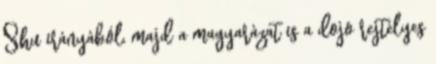
Shu irányából, majd a magyarázat is a dojo rejtélyes